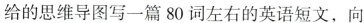
给的思维导图写一篇80词左右的英语短文，向